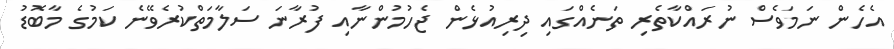
އެހެން ނަމަވެސް ނުރައްކާތެރި ތަނެއްގައި ދިރިއުޅެން ޖެހުމުންނާއި ފުރާނަ ސަލާމަތްކުރެވޭނެ ކަމުގެ މާބޮޑު